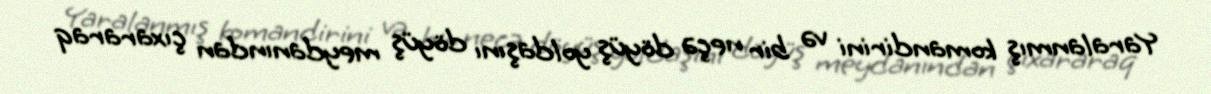
Yaralanmış komandirini və bir neçə döyüş yoldaşını döyüş meydanından çıxararaq